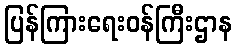
ပြန်ကြားရေးဝန်ကြီးဌာန